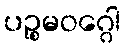
ပဉ္စမဝဂ္ဂေါ